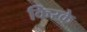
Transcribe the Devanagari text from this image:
किरके